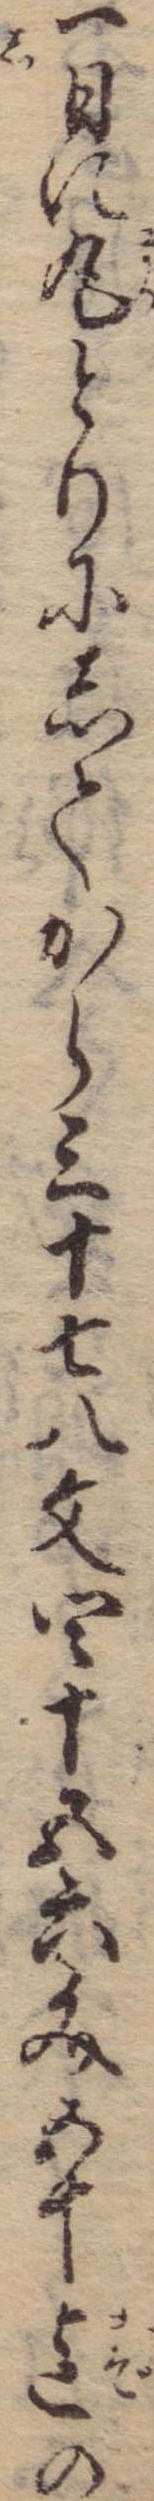
一日に丸とりにしてから三十七八文四十五六文五十迄の